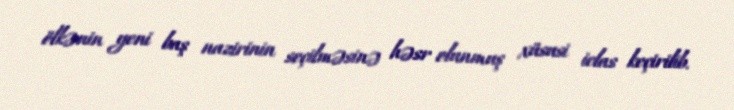
ölkənin yeni baş nazirinin seçilməsinə həsr olunmuş xüsusi iclas keçirilib.